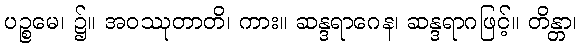
ပဉ္စမေ၊ ၌။ အဝဿုတာတိ၊ ကား။ ဆန္ဒရာဂေန၊ ဆန္ဒရာဂဖြင့်။ တိန္တာ၊